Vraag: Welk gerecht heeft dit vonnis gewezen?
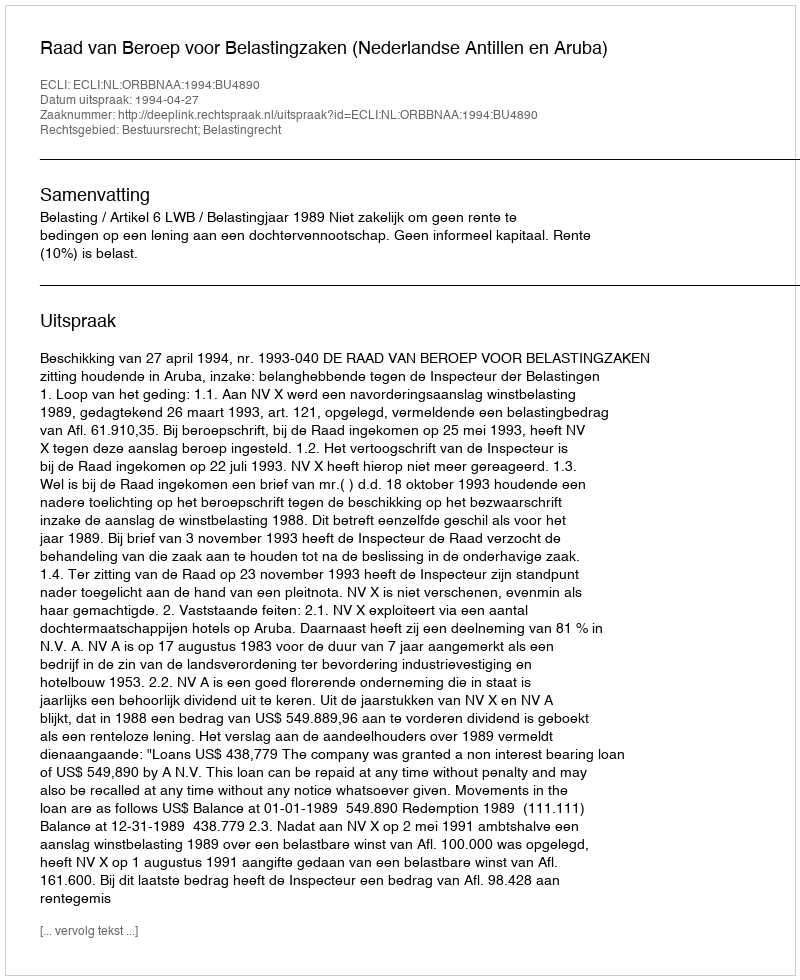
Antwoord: Raad van Beroep voor Belastingzaken (Nederlandse Antillen en Aruba)